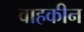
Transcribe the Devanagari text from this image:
वाहकीन